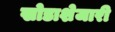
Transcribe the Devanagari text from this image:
खोडाशेजारी